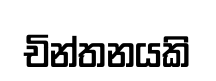
චින්තනයකි